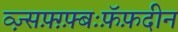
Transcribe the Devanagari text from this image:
व्ज़्सफ़्ग़्फ़्बःफ़ॅफ़दीन